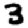
Digit: 3